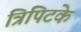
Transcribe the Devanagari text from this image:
त्रिपिटके